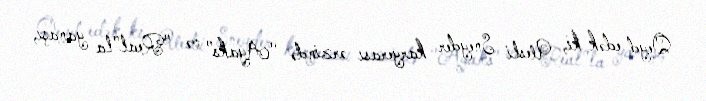
Qeyd edək ki, Uesli Sneyder karyerası ərzində "Ayaks" və "Real"la yanaşı,